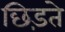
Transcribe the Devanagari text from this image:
छिड़ते